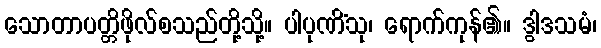
သောတာပတ္တိဖိုလ်စသည်တို့သို့။ ပါပုဏိံသု၊ ရောက်ကုန်၏။ ဒွါဒသမံ၊